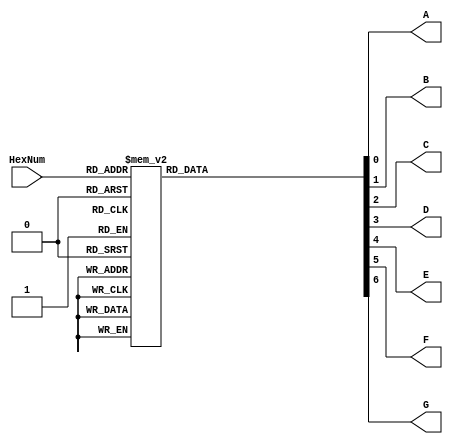
module SSD (
	
	output reg A,
	output reg B,
	output reg C,
	output reg D,
	output reg E,
	output reg F,
	output reg G,
	input [3:0] HexNum
	
	); 	
	
	always @(*) begin
	
		case (HexNum)
			
			4'd0:	begin
				
				A = 1;
				B = 1;
				C = 1;
				D = 1;
				E = 1;
				F = 1;
				G = 0;
			end
			
			4'd1:	begin
				
				A = 0;
				B = 1;
				C = 1;
				D = 0;
				E = 0;
				F = 0;
				G = 0;
			end
			
			4'd2:	begin
				
				A = 1;
				B = 1;
				C = 0;
				D = 1;
				E = 1;
				F = 0;
				G = 1;
			end
			
			4'd3:	begin
				
				A = 1;
				B = 1;
				C = 1;
				D = 1;
				E = 0;
				F = 0;
				G = 1;
			end
			
			4'd4:	begin
				
				A = 0;
				B = 1;
				C = 1;
				D = 0;
				E = 0;
				F = 1;
				G = 1;
			end
			
			4'd5:	begin
				
				A = 1;
				B = 0;
				C = 1;
				D = 1;
				E = 0;
				F = 1;
				G = 1;
			end
			
			4'd6:	begin
				
				A = 1;
				B = 0;
				C = 1;
				D = 1;
				E = 1;
				F = 1;
				G = 1;
			end
			
			4'd7:	begin
				
				A = 1;
				B = 1;
				C = 1;
				D = 0;
				E = 0;
				F = 0;
				G = 0;
			end
			
			4'd8:	begin
				
				A = 1;
				B = 1;
				C = 1;
				D = 1;
				E = 1;
				F = 1;
				G = 1;
			end
			
			4'd9:	begin
				
				A = 1;
				B = 1;
				C = 1;
				D = 1;
				E = 0;
				F = 1;
				G = 1;
			end
			
			4'd10: begin
				
				A = 1;
				B = 1;
				C = 1;
				D = 0;
				E = 1;
				F = 1;
				G = 1;
			end
			
			4'd11: begin
				
				A = 0;
				B = 0;
				C = 1;
				D = 1;
				E = 1;
				F = 1;
				G = 1;
			end
			
			4'd12: begin
				
				A = 1;
				B = 0;
				C = 0;
				D = 1;
				E = 1;
				F = 1;
				G = 0;
			end
			
			4'd13: begin
				
				A = 0;
				B = 1;
				C = 1;
				D = 1;
				E = 1;
				F = 0;
				G = 1;
			end
			
			4'd14: begin
				
				A = 1;
				B = 0;
				C = 0;
				D = 1;
				E = 1;
				F = 1;
				G = 1;
			end
			
			4'd15: begin
				
				A = 1;
				B = 0;
				C = 0;
				D = 0;
				E = 1;
				F = 1;
				G = 1;
			end
		
		endcase
	
	end
	
	
	
	

endmodule